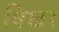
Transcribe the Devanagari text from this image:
षिखर